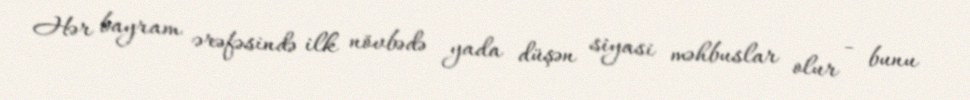
Hər bayram ərəfəsində ilk növbədə yada düşən siyasi məhbuslar olur - bunu